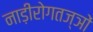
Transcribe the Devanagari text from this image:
नाड़ीरोगतज्ञों